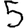
Digit: 5